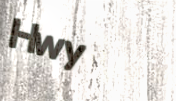
Hwy